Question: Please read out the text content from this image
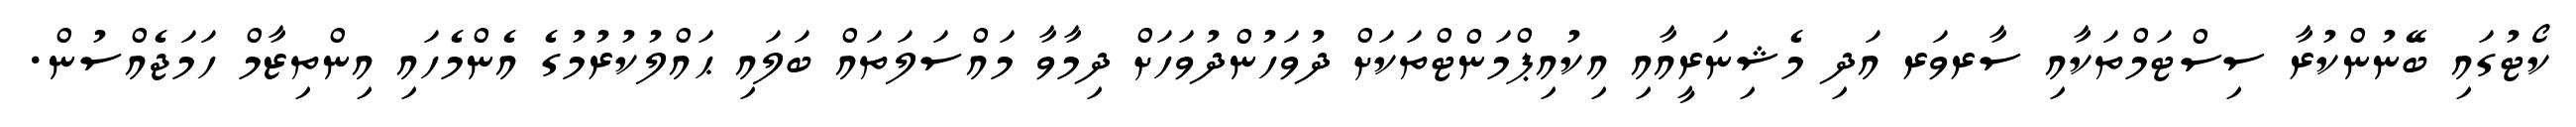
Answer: ކޯޓުގައި ބޭނުންކުރާ ސިސްޓަމްތަކާއި ސާރވަރ އަދި މެޝިނަރީއާއި އިކުއިޕްމަންޓްތަކަށް ދުވަހުންދުވަހަށް ދިމާވާ މައްސަލަތައް ބަލައި ޙައްލުކުރުމުގެ އެންމެހައި އިންތިޒާމް ހަމަޖެއްސުން.